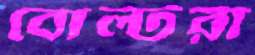
বোল্টরা